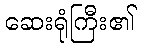
ဆေးရုံကြီး၏